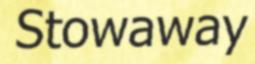
Stowaway